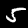
Label: 5